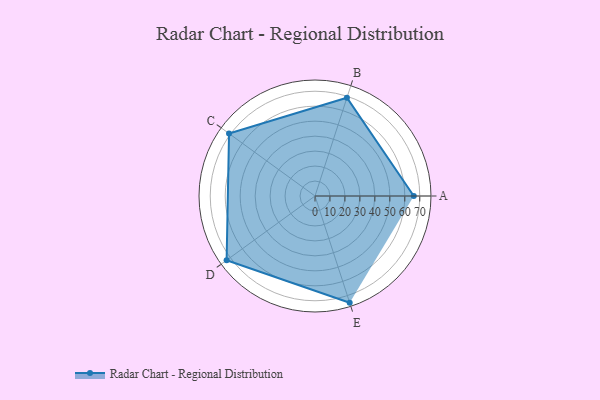
{"axis": {"x": "Skill", "y": "Score"}, "legend": ["Profile"], "data": [{"x": "A", "y": 66.0, "type": "Profile"}, {"x": "B", "y": 69.0, "type": "Profile"}, {"x": "C", "y": 71.0, "type": "Profile"}, {"x": "D", "y": 73.0, "type": "Profile"}, {"x": "E", "y": 75.0, "type": "Profile"}]}